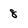
Character: 8